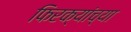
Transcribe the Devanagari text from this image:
फिरक्यांच्या